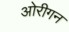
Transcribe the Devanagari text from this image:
ओरीगन